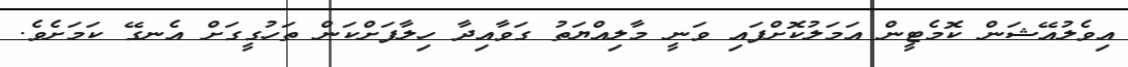
އިވެލުއޭޝަން ކޮމެޓީން އަމަލުކޮށްފައި ވަނީ މާލިއްޔަތު ގަވާއިދާ ހިލާފަށްކަން ތަހުގީގަށް އެނގޭ ކަމަށެވެ.